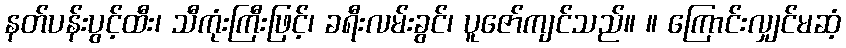
နတ်ပန်းပွင့်ထီး၊ သီကုံးကြီးဖြင့်၊ ခရီးလမ်းခွင်၊ ပူဇော်ကျင်သည်။ ။ ကြောင်းလျှင်မဆံ့